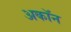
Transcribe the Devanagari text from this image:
अकॉन